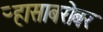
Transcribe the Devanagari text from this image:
ऱ्हासाबरोबर